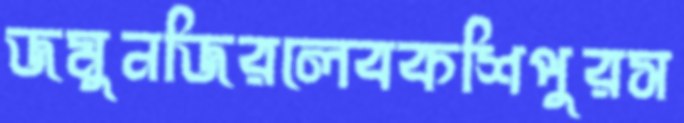
জমুনজিরলেবকশিপুরস